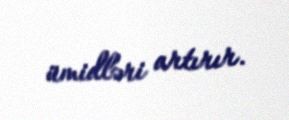
ümidləri artırır.